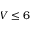
V \leq 6